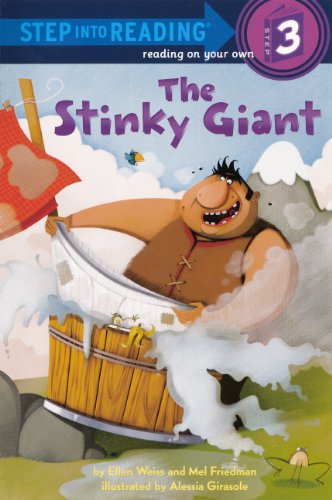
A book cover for The Stinky Giant (Turtleback School & Library Binding Edition) (Step Into Reading - Level 3); Mel Friedman; Humor & Entertainment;